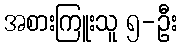
အစားကြူးသူ ၅-ဦး